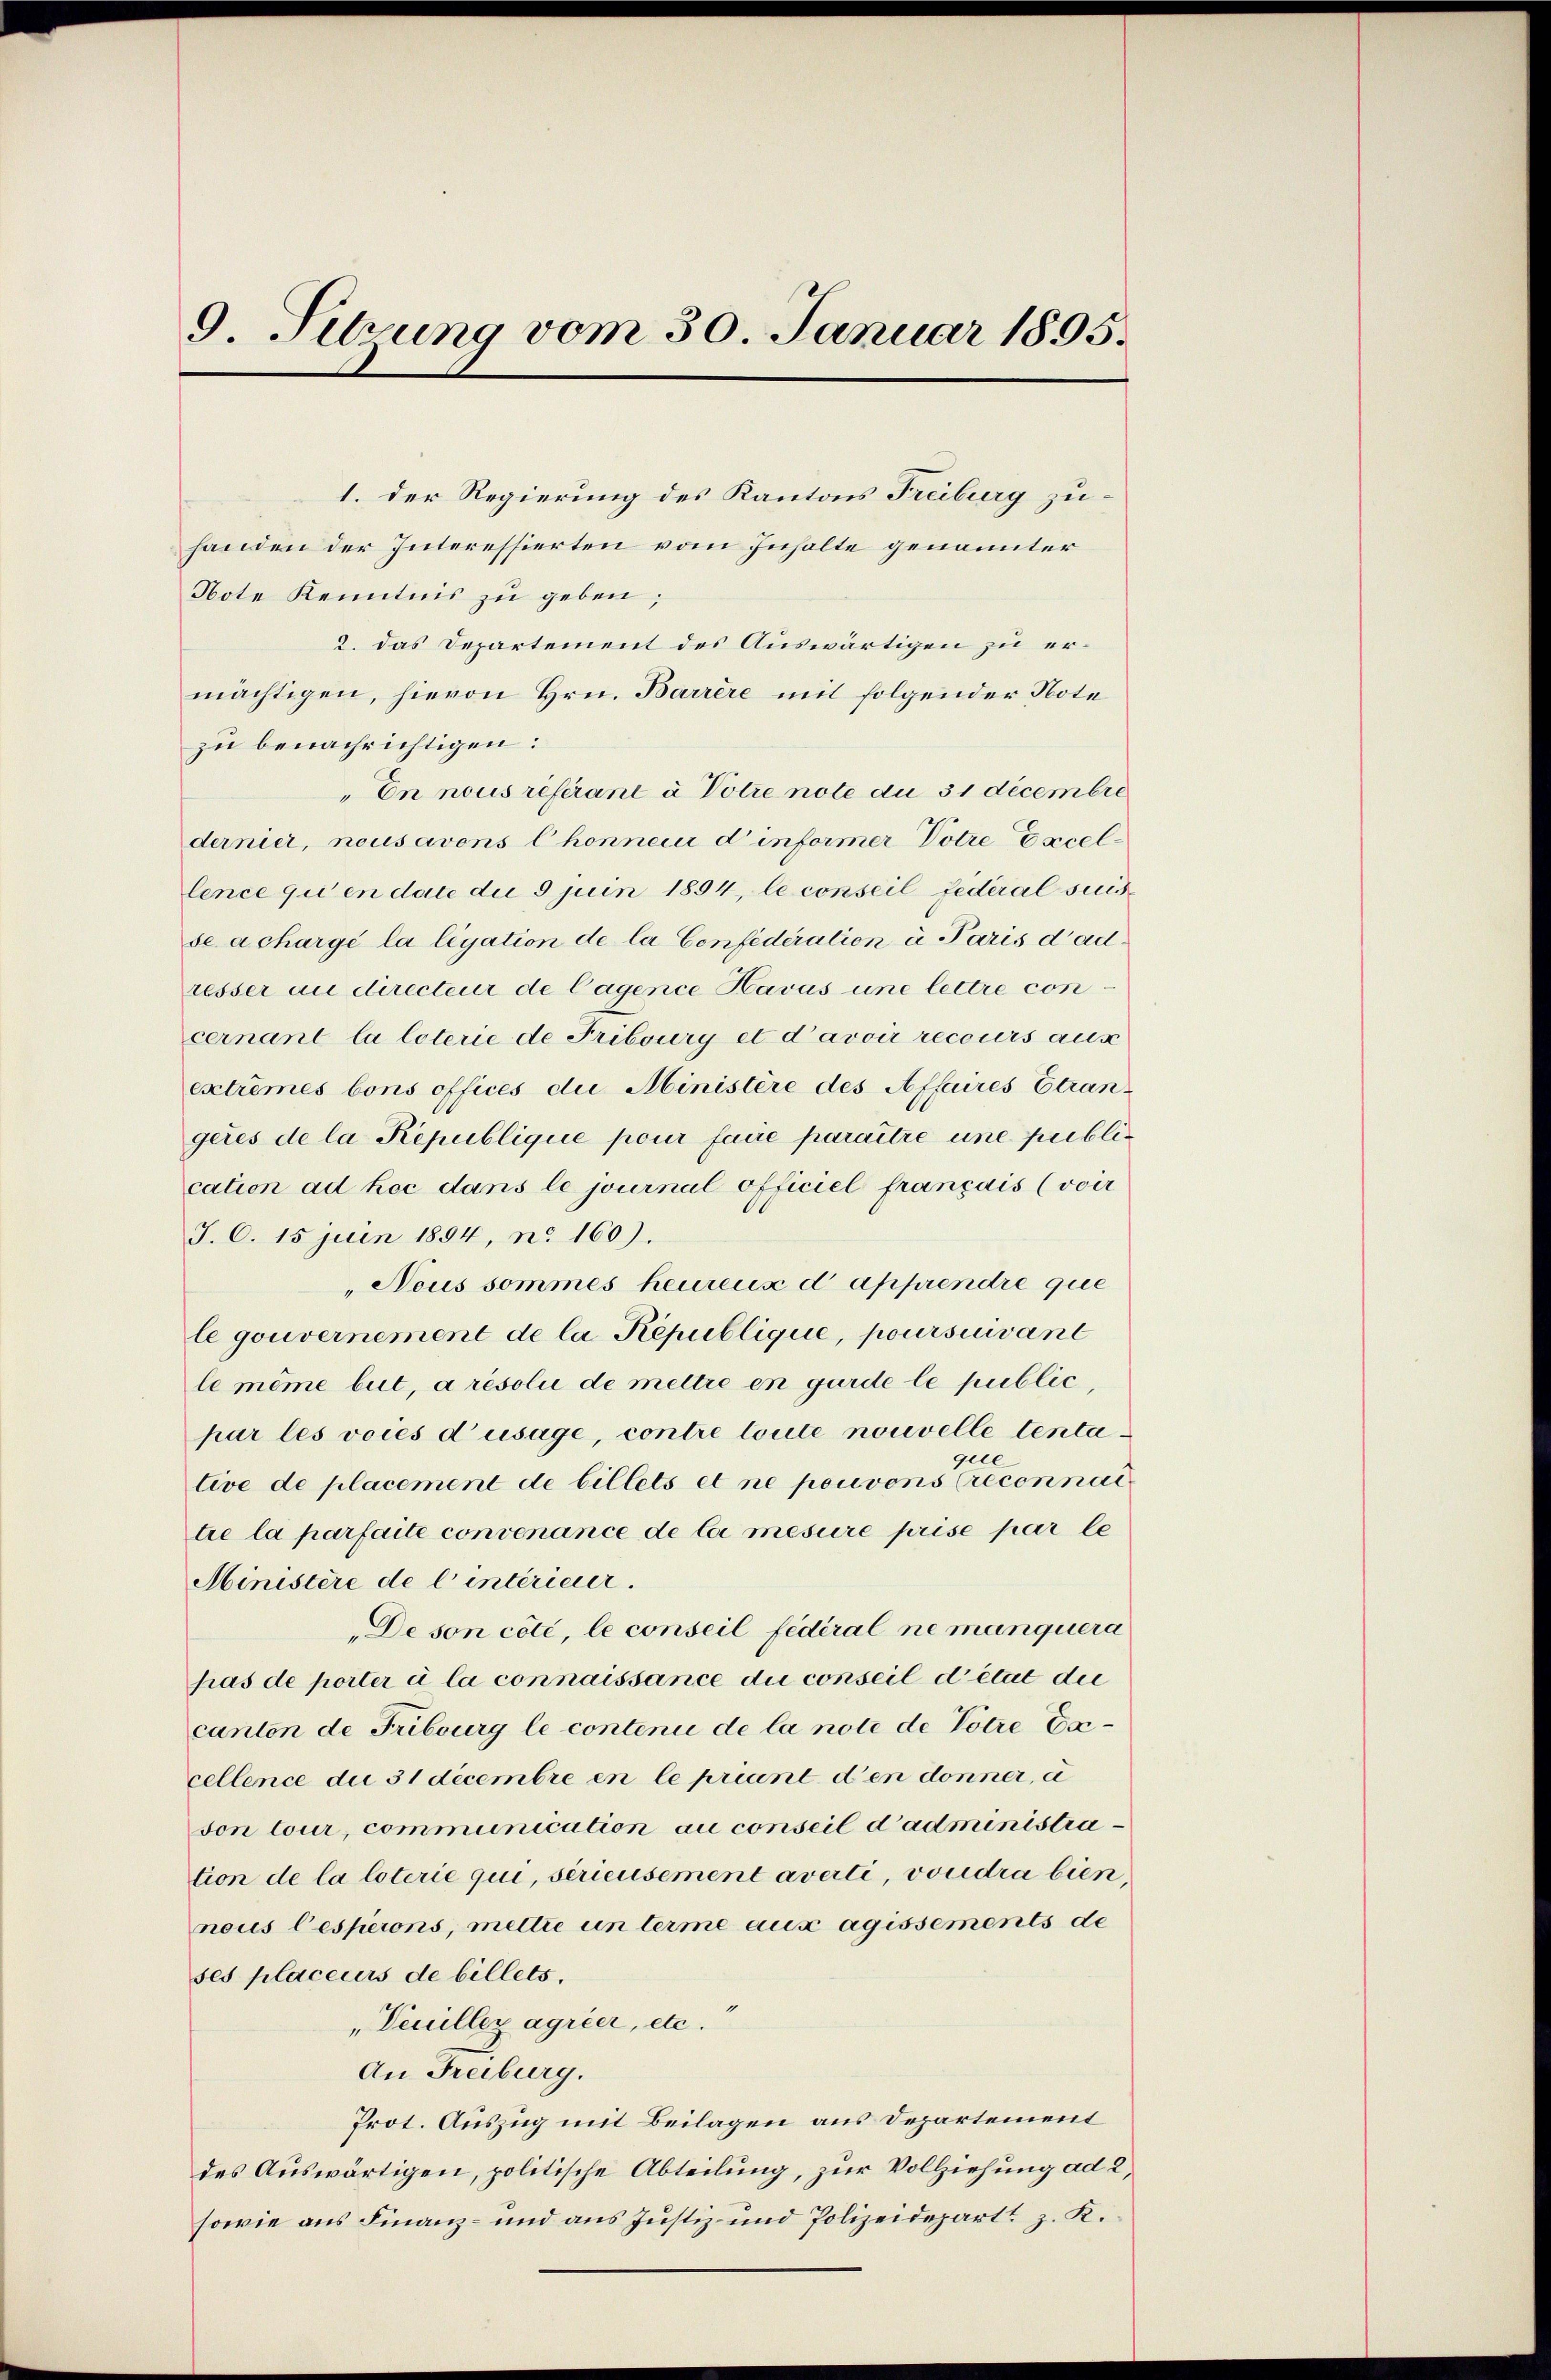
9. Setzung vom 30. Januar 1895.

Note Kenntnis zu geben;

2. das Departement des Auswärtigen zu ermächtigen, hievon Hrn. Barrere mit folgender Note
zu benachrichtigen:
En nous referant à Votre note au 31 decembre
dernier, nousavons Chonne d’informer Potre Excellence qui en date die 5 juin 1894, le conseil fédéral suisse a chargé la ligation de la Confederalien à Paris dad
resser au directeur de Cagence Havus une lettre con
cernant la loterie de Fribourg et d’avoir recours aux
extremes bons offices die Ministère des Affaires Etran-
geres de la République pour faire paraître une publication ad hoc dans le journal officiel français (voir
J. C. 15 juin 1894, n. 160).
„Nous sommes heureux d apprendre que
le gouvernement de la République, poursuivant
le même but, a résolui de mettre en gurde le public,
par les voies d’usage, contre toute nouvelle tentaque
tive de placement de billets et ne pouvons Creconnat
tie la parfaite convenance de la mesure prise par le
Ministere de l’intéricier.
De son côté, le conseil fédéral ne manquera
pas de porter à la connaissance du conseil détat die
canten de Fribourg le contenii de la note de Votre de
cellence du 31 decembre en le priant den donner, a
son tour, communication au conseil d’administra
tion de la loterie qui, serieusement averti, voudra bien,
nous lesperons, mettre un terme aux agissements de
ses placeurs de billets.
„Veuillez agrier, etc.“
An Freiburg.
Prot. Auszug mit Beilagen aus Departement
des Auswärtigen, politische Abteilung, zur Vollziehung ad 2,
sowie aus Finanz- und aus Justiz- und Polizeidepart z. K.

1. Der Regierung des Kantons Freiburg zuhanden der Interessierten vom Inhalte genannter